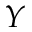
Y